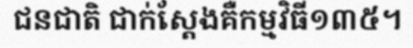
ជនជាតិ ជាក់ស្តែងគឺកម្មវិធី១៣៥។